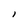
Character: l